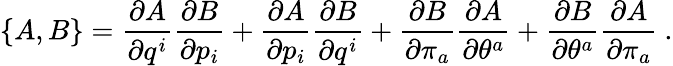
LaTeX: \left\{ A,B\right\} =\frac{\partial A}{\partial q^{i}}\frac{\partial B}{\partial p_{i}}+\frac{\partial A}{\partial p_{i}}\frac{\partial B}{\partial q^{i}}+\frac{\partial B}{\partial\pi_{a}}\frac{\partial A}{\partial\theta^{a}}+\frac{\partial B}{\partial\theta^{a}}\frac{\partial A}{\partial\pi_{a}}\ .